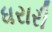
ધરારી